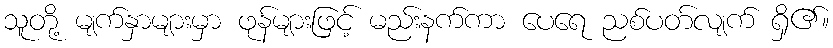
သူတို့ မျက်နှာများမှာ ဖုန်များဖြင့် မည်းနက်ကာ ပေရေ ညစ်ပတ်လျက် ရှိ၏။